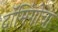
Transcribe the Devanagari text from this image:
दॉमिंगोचा